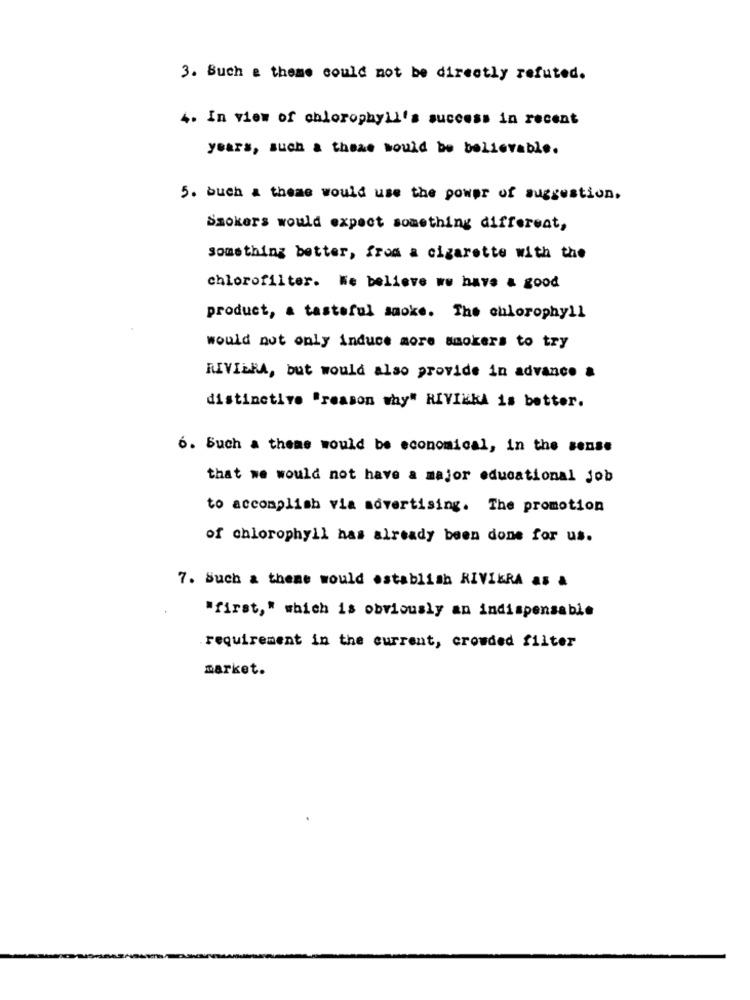
3. Buch a theme could not be directly refuted.
4. In view of chlorophyll's success in recent
years, such a there would be believable.
5. buch a theme would use the power of suggestion.
Smokers would expect something different,
something better, from a cigarette with the
chlorofilter. We believe we have a good
product, a tasteful smoke. The chlorophyll
would not only induce more smokers to try
RIVIERA, but would also provide in advance a
distinctive "reason why" RIVIERA is better.
6. Such a theme would be economical, in the sense
that we would not have a major educational job
to accomplish via advertising. The promotion
of chlorophyll has already been done for us.
7. Such & theme would establish RIVIERA as &
"first," which is obviously an indispensable
requirement in the current, crowded filter
market.